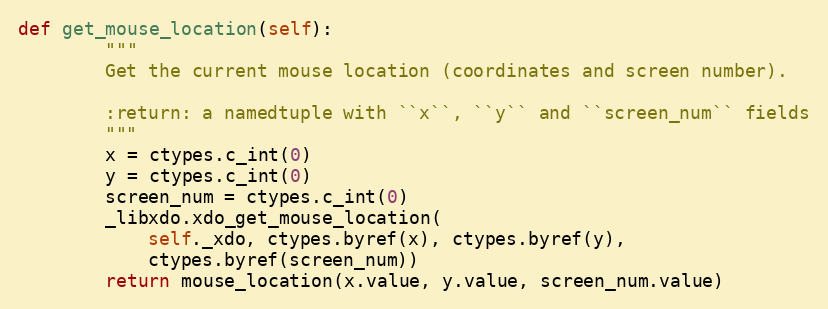
Language: Python
def get_mouse_location(self):
        """
        Get the current mouse location (coordinates and screen number).

        :return: a namedtuple with ``x``, ``y`` and ``screen_num`` fields
        """
        x = ctypes.c_int(0)
        y = ctypes.c_int(0)
        screen_num = ctypes.c_int(0)
        _libxdo.xdo_get_mouse_location(
            self._xdo, ctypes.byref(x), ctypes.byref(y),
            ctypes.byref(screen_num))
        return mouse_location(x.value, y.value, screen_num.value)